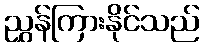
ညွှန်ကြားနိုင်သည်